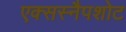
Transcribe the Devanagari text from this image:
एक्सस्नैपशोट